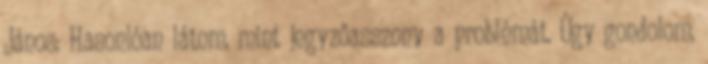
János: Hasonlóan látom, mint jegyzőasszony a problémát. Úgy gondolom,